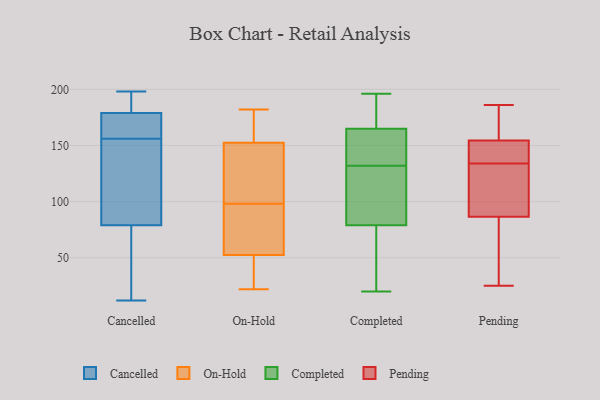
{"axis": {"x": "Production Output", "y": "Value"}, "legend": ["Cancelled", "Completed", "On-Hold", "Pending"], "data": [{"x": "", "y": 180, "type": "Cancelled"}, {"x": "", "y": 191, "type": "Cancelled"}, {"x": "", "y": 169, "type": "Cancelled"}, {"x": "", "y": 198, "type": "Cancelled"}, {"x": "", "y": 22, "type": "Cancelled"}, {"x": "", "y": 164, "type": "Cancelled"}, {"x": "", "y": 191, "type": "Cancelled"}, {"x": "", "y": 90, "type": "Cancelled"}, {"x": "", "y": 12, "type": "Cancelled"}, {"x": "", "y": 79, "type": "Cancelled"}, {"x": "", "y": 160, "type": "Cancelled"}, {"x": "", "y": 145, "type": "Cancelled"}, {"x": "", "y": 156, "type": "Cancelled"}, {"x": "", "y": 23, "type": "Cancelled"}, {"x": "", "y": 179, "type": "Cancelled"}, {"x": "", "y": 62, "type": "Cancelled"}, {"x": "", "y": 104, "type": "Cancelled"}, {"x": "", "y": 156, "type": "Cancelled"}, {"x": "", "y": 150, "type": "On-Hold"}, {"x": "", "y": 56, "type": "On-Hold"}, {"x": "", "y": 150, "type": "On-Hold"}, {"x": "", "y": 22, "type": "On-Hold"}, {"x": "", "y": 182, "type": "On-Hold"}, {"x": "", "y": 179, "type": "On-Hold"}, {"x": "", "y": 97, "type": "On-Hold"}, {"x": "", "y": 35, "type": "On-Hold"}, {"x": "", "y": 49, "type": "On-Hold"}, {"x": "", "y": 99, "type": "On-Hold"}, {"x": "", "y": 67, "type": "On-Hold"}, {"x": "", "y": 155, "type": "On-Hold"}, {"x": "", "y": 83, "type": "Completed"}, {"x": "", "y": 20, "type": "Completed"}, {"x": "", "y": 183, "type": "Completed"}, {"x": "", "y": 136, "type": "Completed"}, {"x": "", "y": 79, "type": "Completed"}, {"x": "", "y": 161, "type": "Completed"}, {"x": "", "y": 79, "type": "Completed"}, {"x": "", "y": 174, "type": "Completed"}, {"x": "", "y": 92, "type": "Completed"}, {"x": "", "y": 196, "type": "Completed"}, {"x": "", "y": 35, "type": "Completed"}, {"x": "", "y": 128, "type": "Completed"}, {"x": "", "y": 45, "type": "Completed"}, {"x": "", "y": 140, "type": "Completed"}, {"x": "", "y": 169, "type": "Completed"}, {"x": "", "y": 140, "type": "Completed"}, {"x": "", "y": 25, "type": "Pending"}, {"x": "", "y": 47, "type": "Pending"}, {"x": "", "y": 171, "type": "Pending"}, {"x": "", "y": 183, "type": "Pending"}, {"x": "", "y": 115, "type": "Pending"}, {"x": "", "y": 141, "type": "Pending"}, {"x": "", "y": 144, "type": "Pending"}, {"x": "", "y": 62, "type": "Pending"}, {"x": "", "y": 113, "type": "Pending"}, {"x": "", "y": 186, "type": "Pending"}, {"x": "", "y": 142, "type": "Pending"}, {"x": "", "y": 175, "type": "Pending"}, {"x": "", "y": 131, "type": "Pending"}, {"x": "", "y": 105, "type": "Pending"}, {"x": "", "y": 27, "type": "Pending"}, {"x": "", "y": 74, "type": "Pending"}, {"x": "", "y": 99, "type": "Pending"}, {"x": "", "y": 137, "type": "Pending"}, {"x": "", "y": 152, "type": "Pending"}, {"x": "", "y": 157, "type": "Pending"}]}